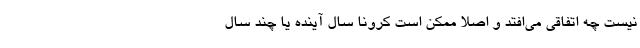
نیست چه اتفاقی می‌افتد و اصلا ممکن است کرونا سال آینده یا چند سال